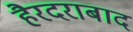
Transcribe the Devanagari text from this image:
हैरदराबाद